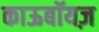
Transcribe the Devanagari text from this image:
काऊबॉयज़